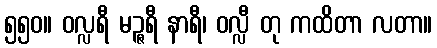
၅၅၀။ ဝလ္လရီ မဉ္ဇရီ နာရီ၊ ဝလ္လီ တု ကထိတာ လတာ။